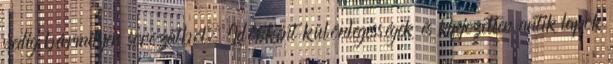
pedig bármilyen sorozatból. Időnként különlegességek és kifejezetten antik lapok